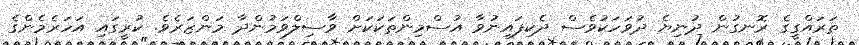
ތަރައްގީގެ ރޮނގުން ދުނިޔެ ދުވަހަކުވެސް ދެކިފައިނުވާ އުސްމިންތަކަކަށް ވާސިލްވަމުންދާ މަންޒަރެވެ. ކުރީގައި އަހަރެމެންގެ